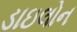
ડાઇલોન